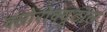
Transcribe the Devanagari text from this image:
क्लोरोक्यूटोल